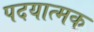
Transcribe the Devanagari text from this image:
पदयात्मक